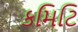
કમિટિ